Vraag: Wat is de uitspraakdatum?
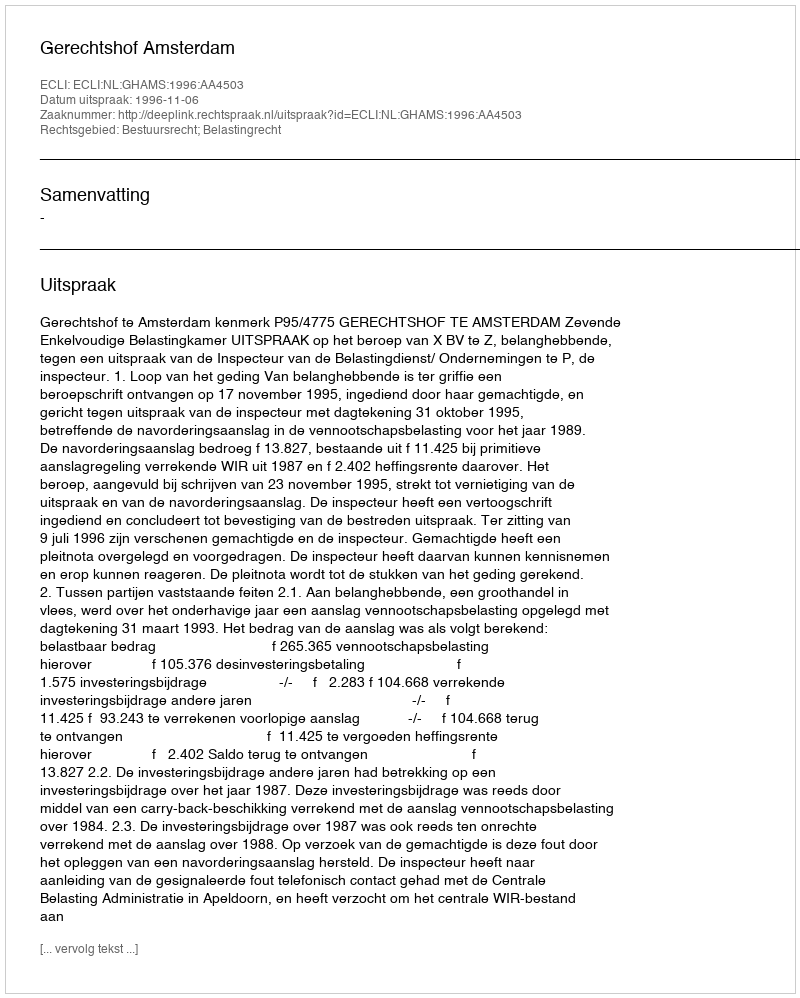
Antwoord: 1996-11-06